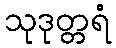
သုဒုတ္တရံ